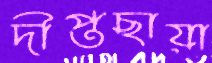
দীপ্তছায়া